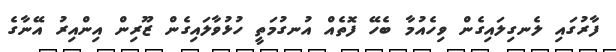
ފާރުގައި ލެނގިލައިގެން ވިހެއުމާ ބެހޭ ފޮތެއް އުނގުމަތީ ހުޅުވާލައިގެން ޒޫރިން އިންއިރު އޭނާގެ